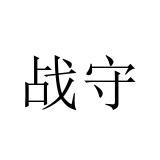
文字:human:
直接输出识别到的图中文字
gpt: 战守